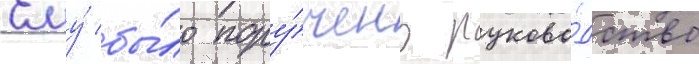
Ему́ бы́ло пору́чено руково́дство